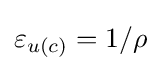
\varepsilon _{u(c)}=1/\rho